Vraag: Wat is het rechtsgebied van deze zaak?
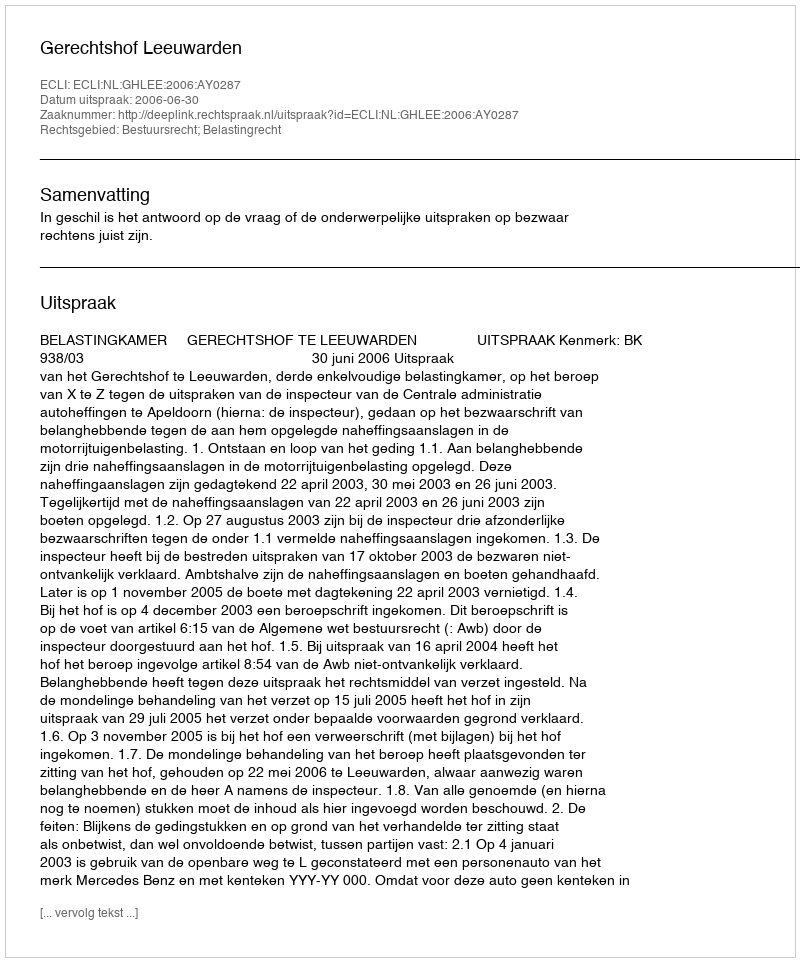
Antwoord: Bestuursrecht; Belastingrecht